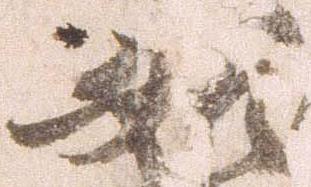
如